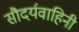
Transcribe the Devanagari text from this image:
सौदर्यवाहिनी